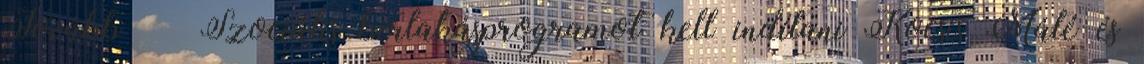
Tovább › ›Szociális bérlakásprogramot kell indítani Kocsis Máté és